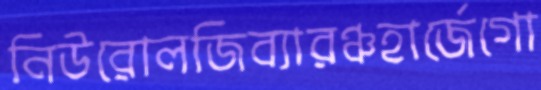
নিউরোলজিব্যারঞ্চহার্জেগো